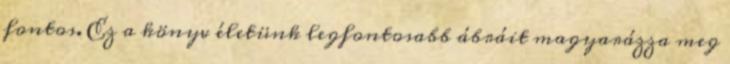
fontos. Ez a könyv életünk legfontosabb ábráit magyarázza meg